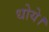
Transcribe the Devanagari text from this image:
धोये।